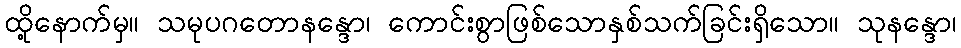
ထို့နောက်မှ။ သမုပဂတောနန္ဒော၊ ကောင်းစွာဖြစ်သောနှစ်သက်ခြင်းရှိသော။ သုနန္ဒော၊